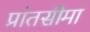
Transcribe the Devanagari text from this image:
प्रांतसीमा